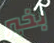
بخير